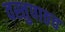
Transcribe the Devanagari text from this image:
वस्तुपाठच